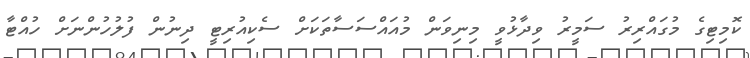
ކޮމިޓިގެ މުގައްރިރު ސަމީރު ވިދާޅުވީ މިނިވަން މުއައްސަސާތަކަށް ސެކިއުރިޓީ ދިނުން ފުލުހުންނަށް ހުއްޓާ